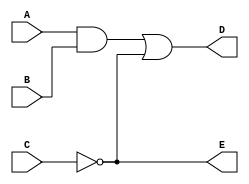
module example_3_1(A, B, C, D, E);
   
   output D, E;
   input  A, B, C;
   wire   w1;

   and G1(w1, A, B);
   not G2(E, C);
   or  G3(D, w1, E);

endmodule